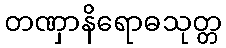
တဏှာနိရောဓသုတ္တ